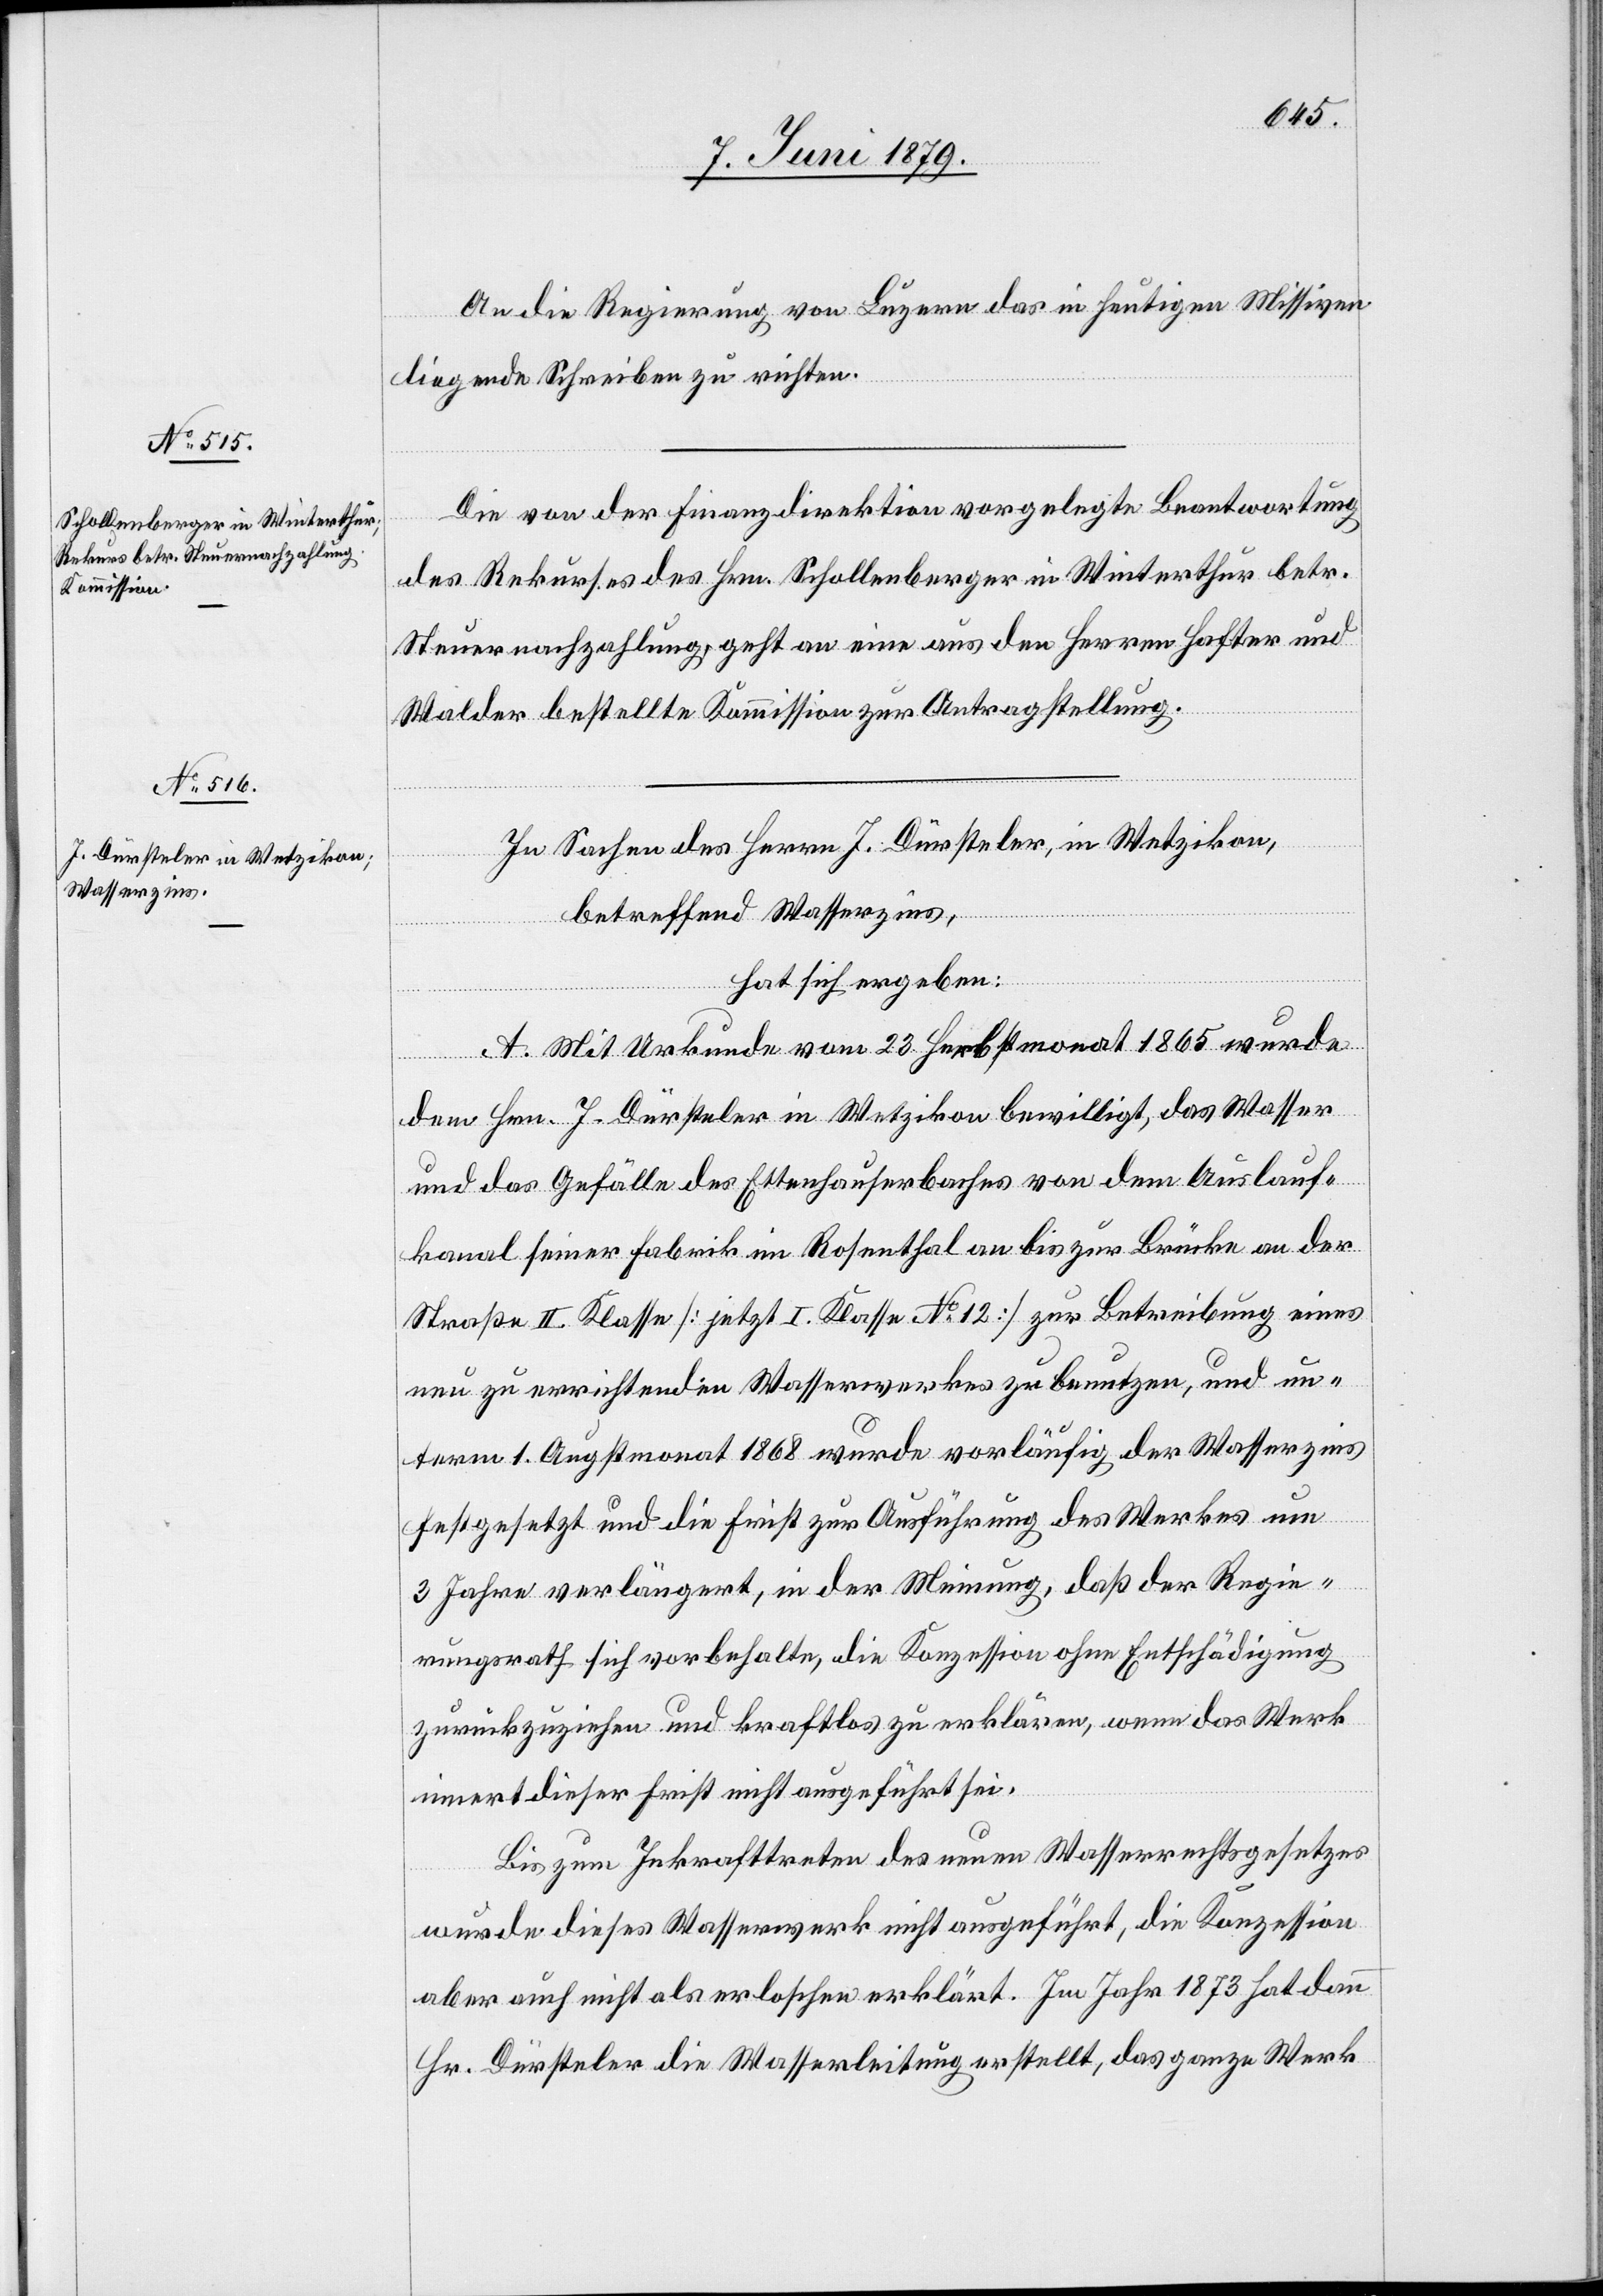
An die Regierung von Luzern das in heutigen Missiven
liegende Schreiben zu richten.
Die von der Finanzdirektion vorgelegte Beantwortung
des Rekurses des Hrn. Schollenberger in Winterthur betr.
Steuernachzahlung, geht an eine aus den Herren Hafter und
Walder bestellte Kommission zur Antragstellung.
In Sachen des Herrn J. Düsteler, in Wetzikon,
betreffend Wasserzins,
hat sich ergeben:
A. Mit Urkunde vom 23. Herbstmonat 1865 wurde
dem Hrn. J. Dürsteler in Wetzikon bewilligt, das Wasser
und das Gefälle des Ettenhauserbaches von dem Auslauf¬
kanal seiner Fabrik im Rosenthal an bis zur Brücke an der
Straße II. Klasse [jetzt I. Klasse No 12] zur Betreibung eines
neu zu errichtenden Wasserwerkes zu benutzen, und un¬
term 1. Augstmonat 1868 wurde vorläufig der Wasserzins
festgesetzt und die Frist zur Ausführung des Werkes um
3 Jahre verlängert, in der Meinung, daß der Regie¬
rungsrath sich vorbehalte, die Konzession ohne Entschädigung
zurückzuziehen und kraftlos zu erklären, wenn das Werk
innert dieser Frist nicht ausgeführt sei.
Bis zum Inkrafttreten des neuen Wasserrechtsgesetzes
wurde dieses Wasserwerk nicht ausgeführt, die Konzession
aber auch nicht als erloschen erklärt. Im Jahr 1873 hat dann
Hr. Dürsteler die Wasserleitung erstellt, das ganze Werk